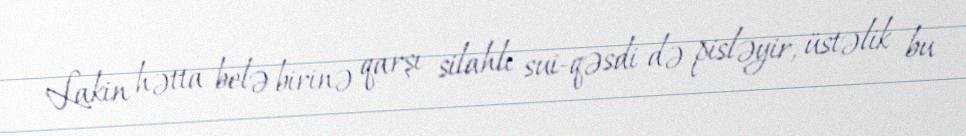
Lakin hətta belə birinə qarşı silahlı sui-qəsdi də pisləyir, üstəlik bu